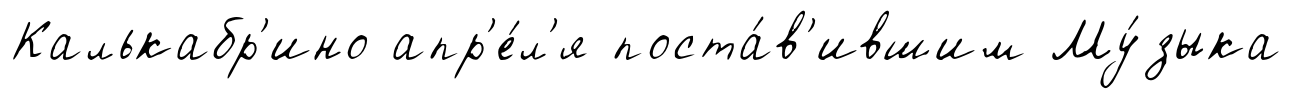
Калькабр'ино апр'е́л'я поста́в'ившим Му́зыка